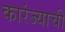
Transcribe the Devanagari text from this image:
कारंज्याची